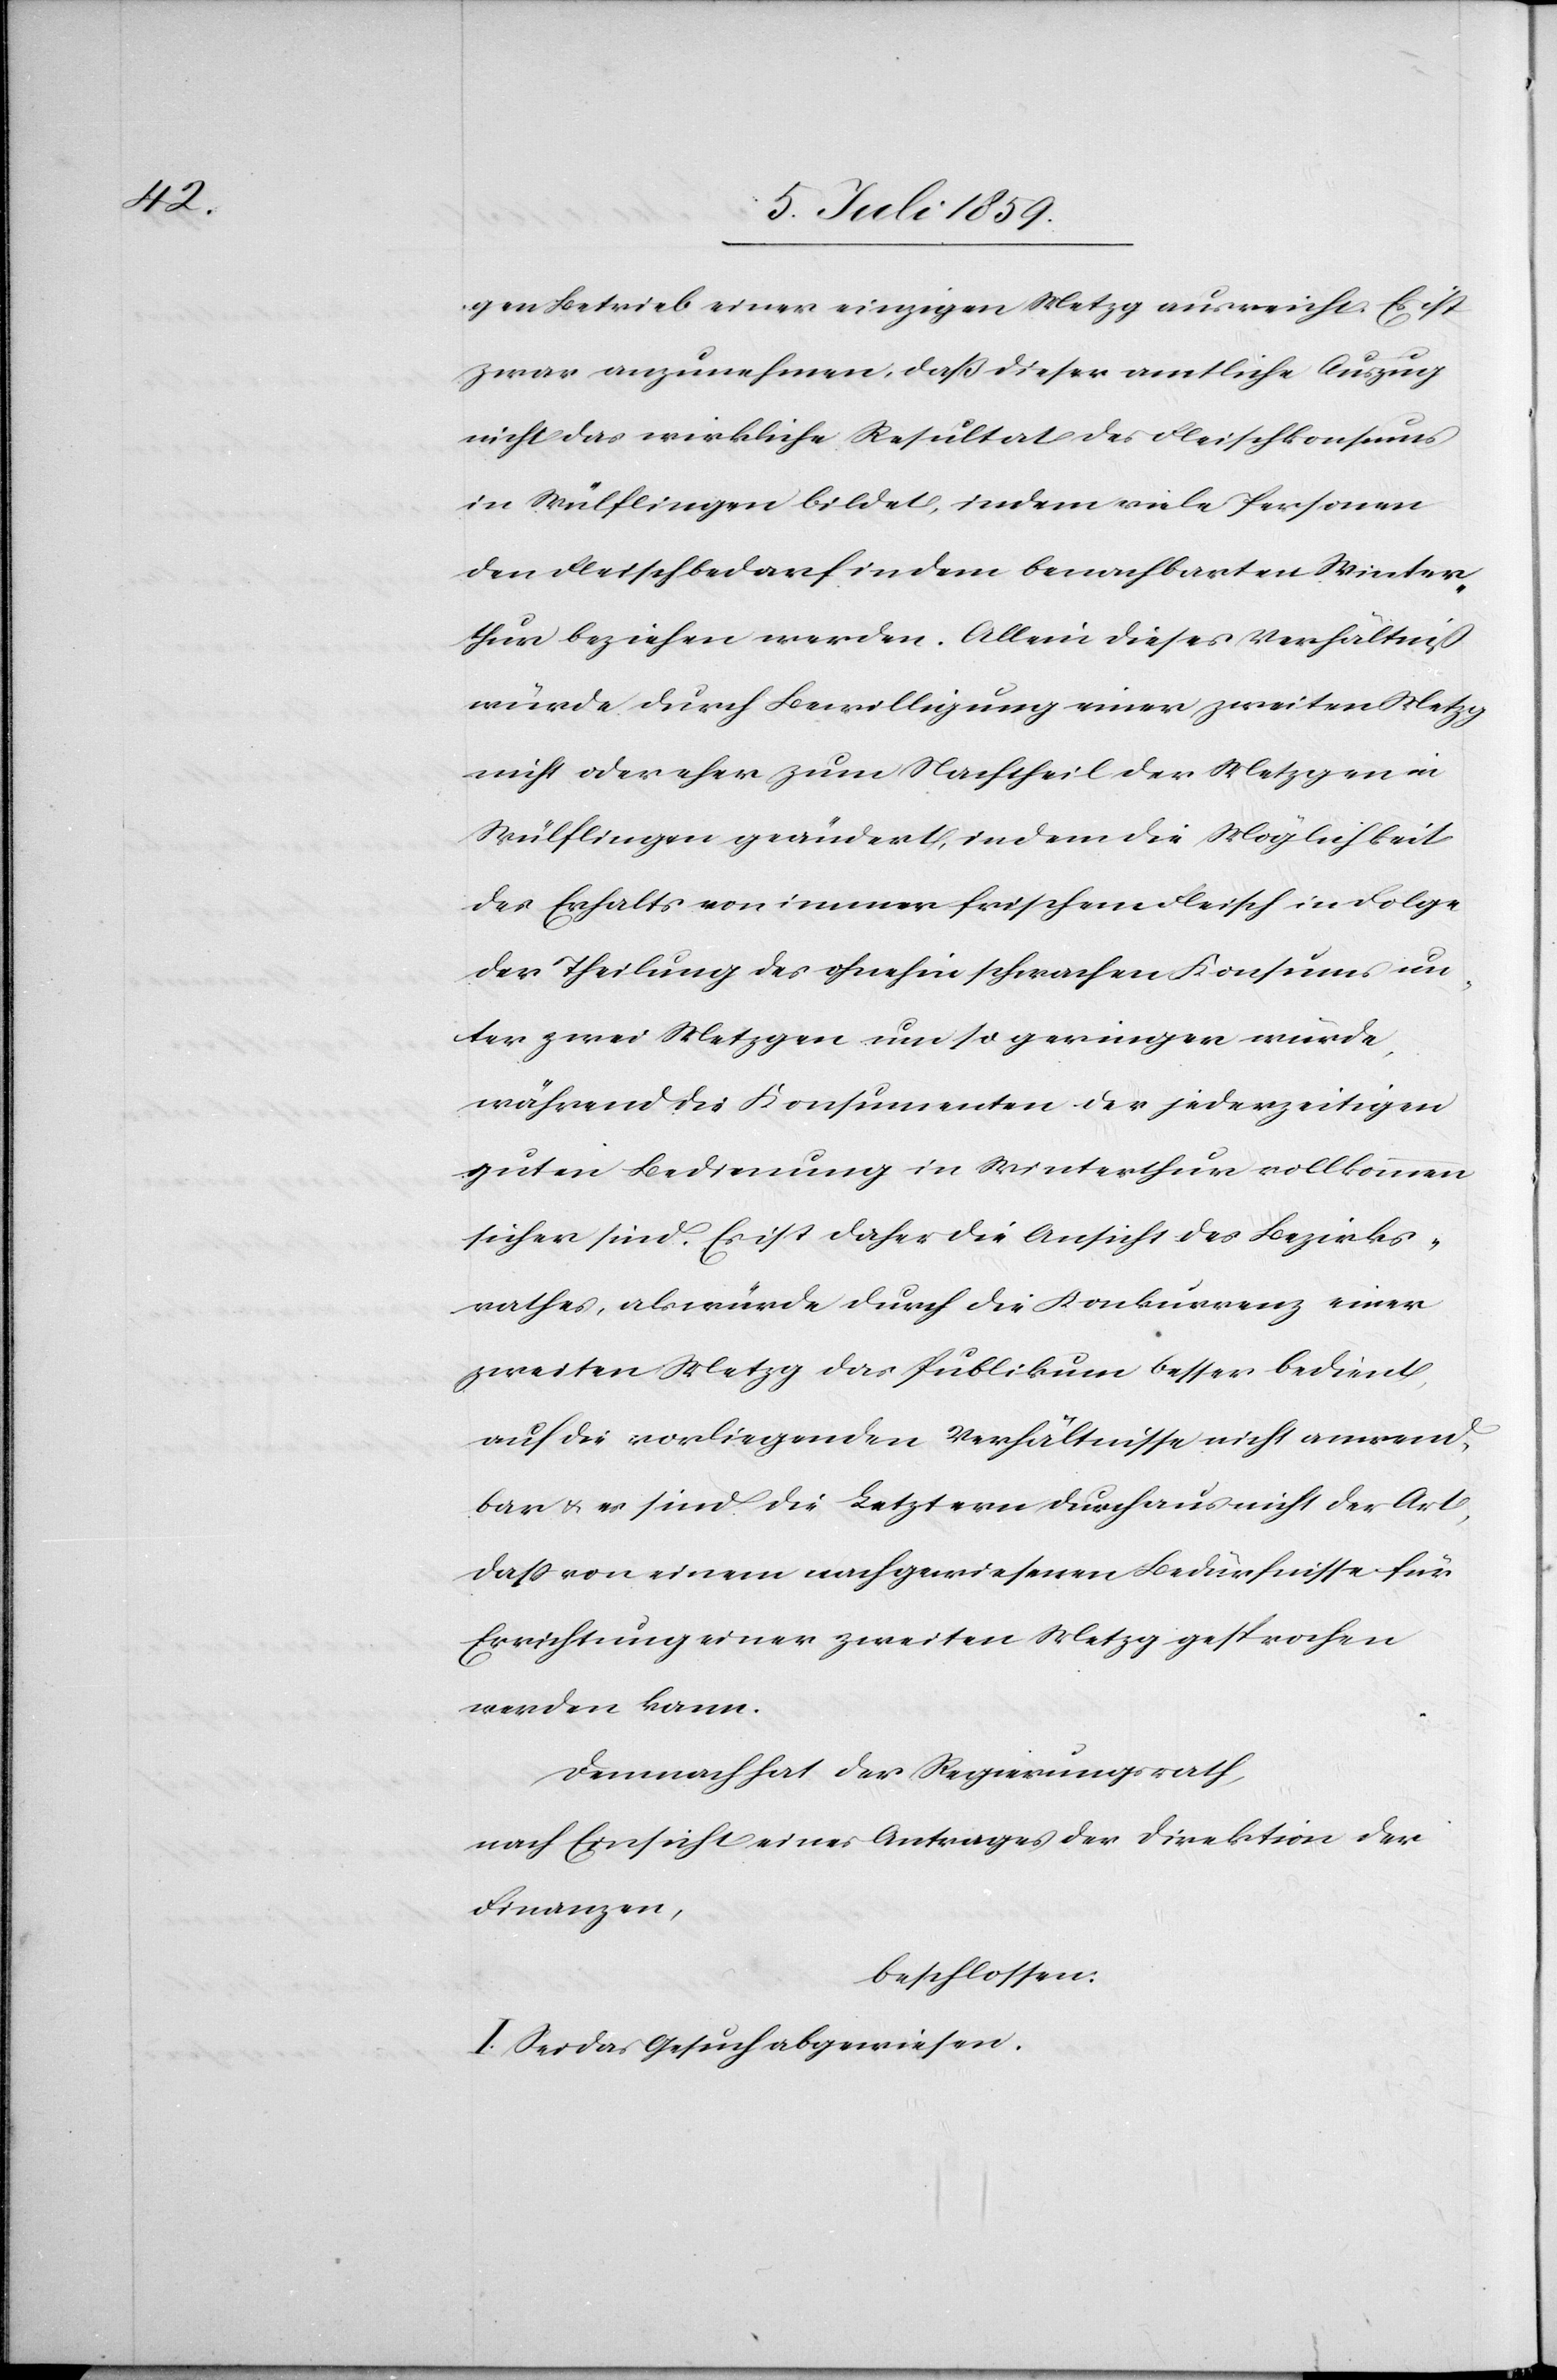
gen Betrieb einer einzigen Metzg ausreicht. Es ist
zwar anzunehmen, daß dieser amtliche Auszug
nicht das wirkliche Resultat des Fleischkonsums
in Wülflingen bildet, indem viele Personen
den Fleischbedarf in dem benachbarten Winter¬
thur beziehen werden. Allein dieses Verhältniß
würde durch Bewilligung einer zweiten Metzg
nicht oder eher zum Nachtheil der Metzgen in
Wülflingen geändert, indem die Möglichkeit
des Erhalts von immer frischem Fleisch in Folge
der Theilung des ohnehin schwachen Konsums un¬
ter zwei Metzgen um so geringer würde,
während die Konsumenten der jederzeitigen
guten Bedienung in Winterthur vollkommen
sicher sind. Es ist daher die Ansicht des Bezirks¬
rathes, als würde durch die Konkurrenz einer
zweiten Metzg das Publikum besser bedient,
auf die vorliegenden Verhältnisse nicht anwend¬
bar u. es sind die Letztern durchaus nicht der Art,
daß von einem nachgewiesenen Bedürfnisse für
Errichtung einer zweiten Metzg gesprochen
werden kann.
Demnach hat der Regierungsrath,
nach Einsicht eines Antrages der Direktion der
Finanzen,
beschlossen:
I. Sei das Gesuch abgewiesen.